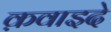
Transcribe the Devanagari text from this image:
क़वाइदे